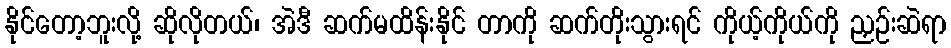
နိုင်တော့ဘူးလို့ ဆိုလိုတယ်၊ အဲဒီ ဆက်မထိန်းနိုင် တာကို ဆက်တိုးသွားရင် ကိုယ့်ကိုယ်ကို ညှဉ်းဆဲရာ